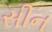
સીન